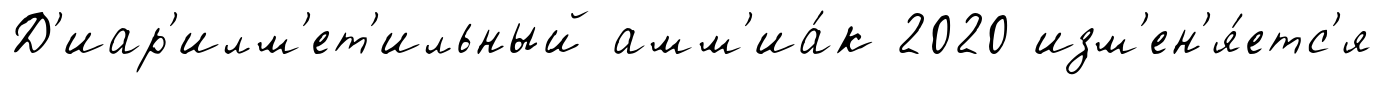
Д'иар'илм'ет'ильный амм'иа́к 2020 изм'ен'я́етс'я